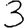
Digit: 3